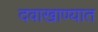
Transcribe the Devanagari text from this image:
दवाखाण्यात